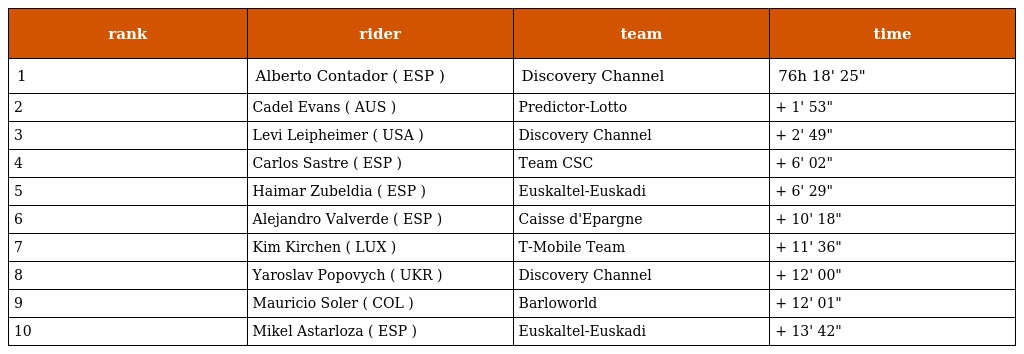
| rank | rider | team | time |
 | --- | --- | --- | --- |
 | 1 | Alberto Contador ( ESP ) | Discovery Channel | 76h 18' 25" |
 | 2 | Cadel Evans ( AUS ) | Predictor-Lotto | + 1' 53" |
 | 3 | Levi Leipheimer ( USA ) | Discovery Channel | + 2' 49" |
 | 4 | Carlos Sastre ( ESP ) | Team CSC | + 6' 02" |
 | 5 | Haimar Zubeldia ( ESP ) | Euskaltel-Euskadi | + 6' 29" |
 | 6 | Alejandro Valverde ( ESP ) | Caisse d'Epargne | + 10' 18" |
 | 7 | Kim Kirchen ( LUX ) | T-Mobile Team | + 11' 36" |
 | 8 | Yaroslav Popovych ( UKR ) | Discovery Channel | + 12' 00" |
 | 9 | Mauricio Soler ( COL ) | Barloworld | + 12' 01" |
 | 10 | Mikel Astarloza ( ESP ) | Euskaltel-Euskadi | + 13' 42" |